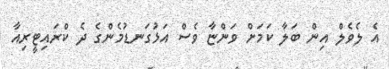
އެ ލެވެލް އިން ބަލާ ކަމަށް ވަންޏާ ވެސް އަޅުގަނޑުމެންގެ ދެ ކްރައިޓީރިއާ